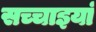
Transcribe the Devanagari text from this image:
सच्चाइयां